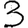
Digit: 3